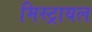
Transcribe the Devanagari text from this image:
मिस्ट्रायल